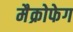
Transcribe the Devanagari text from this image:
मैक्रोफेग